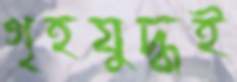
গৃহযুদ্ধই